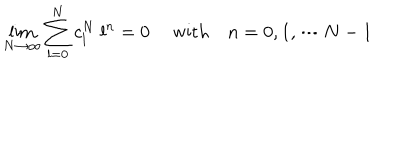
\lim _ { N \rightarrow \infty } \sum _ { l = 0 } ^ { N } c _ { l } ^ { N } \ l ^ { n } = 0 \ \quad \mathrm { w i t h } \quad n = 0 , 1 , \cdots N - 1 \,